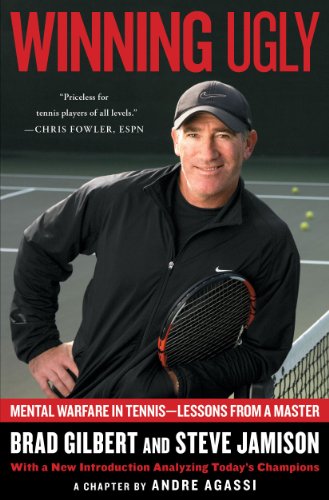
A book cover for Winning Ugly: Mental Warfare in Tennis--Lessons from a Master; Brad Gilbert; Biographies & Memoirs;